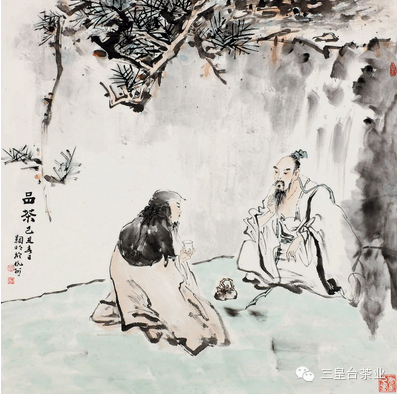
待羔儿酒罢又烹茶，扬州鹤。